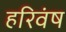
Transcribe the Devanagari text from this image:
हरिवंष